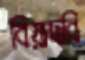
বিয়াদবি